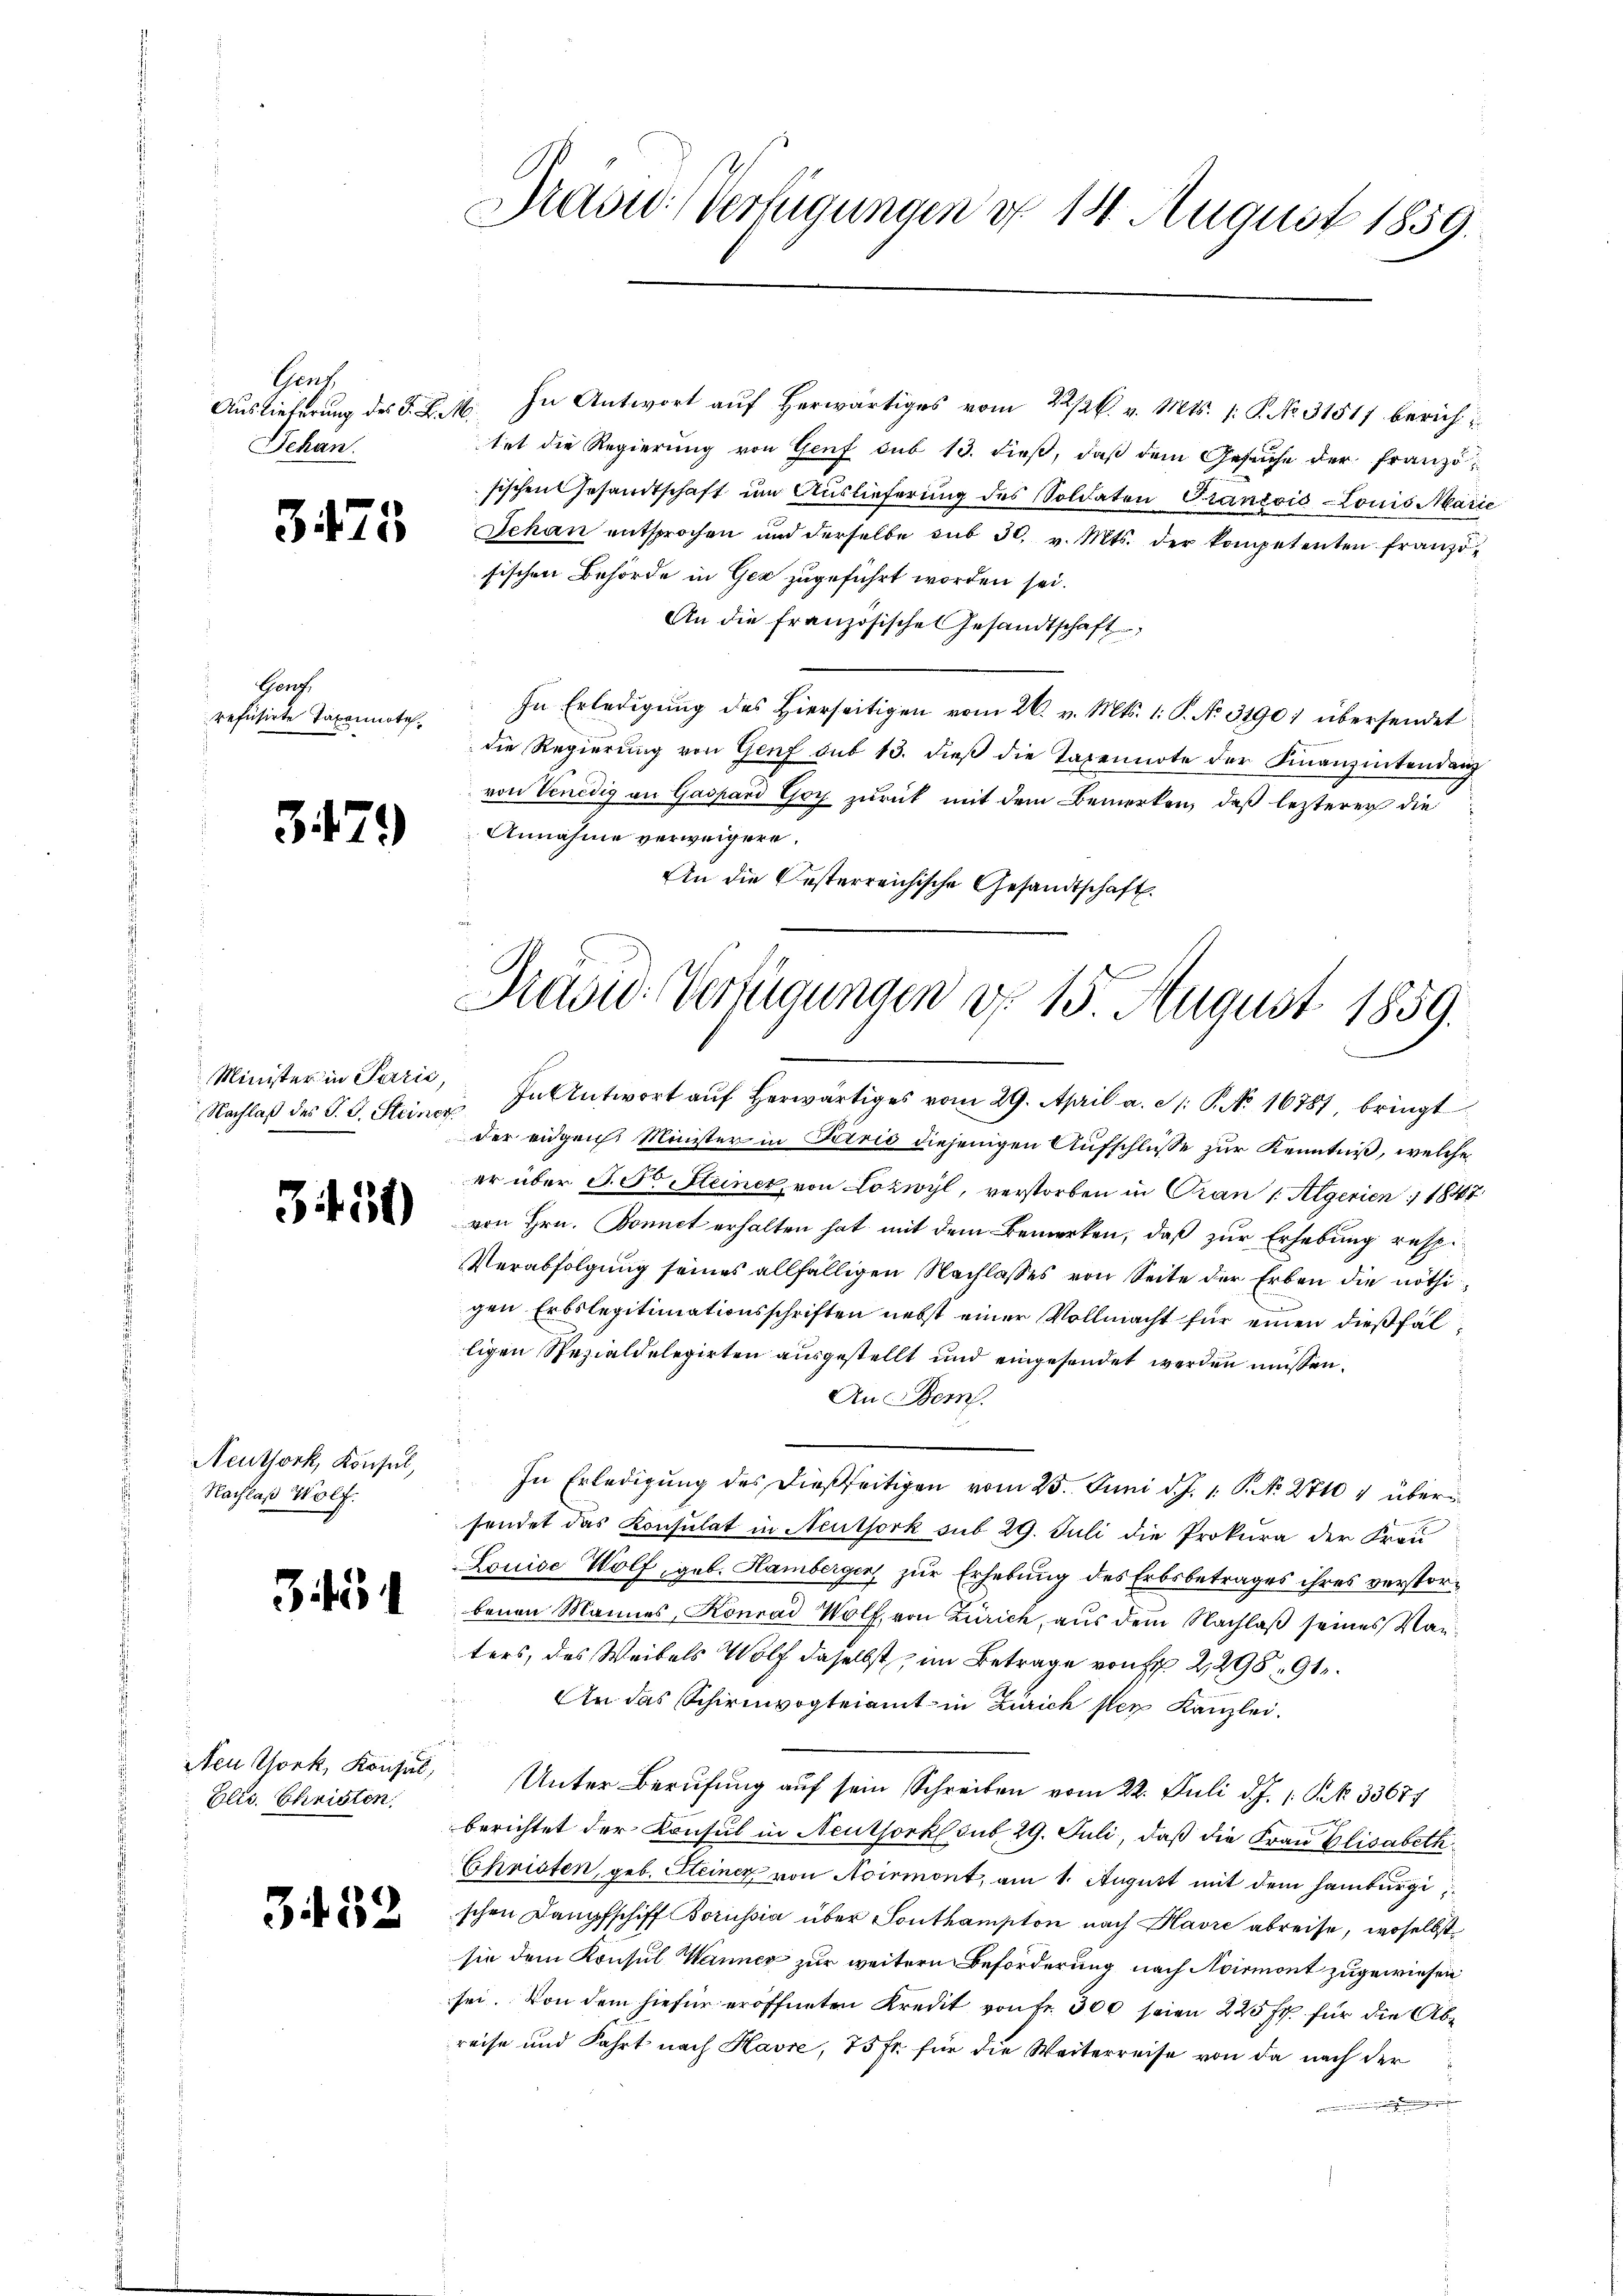
Gens
Auslieferung des K. K. A.
Dehan

375

Gont.
refusirte Taxonnote¬

347)

Minister in Paris
Nachlaß des P. G. Steiner

3.

51)

Neuthork, Konsul,
Nachlaß Wolf.

345

Neu York, Konsul,
Elis. Christen.

Zif. 52

.

Prasw.) Verfügungen d. 14. August 1859.

In Antwort auf herwärtiges vom 22/26. v. Mts. 1. P. No. 31517 berich
E
tet die Regierung von Genf sub 13. dieß, daß dem Gesuche der Franzö
sischen Gesandtschaft um Auslieferung des Soldaten Grancois Louis Marie
Jehan entsprochen und derselbe sub 30. v. Mts. der kompetenten französischen Behörde in Gez zugeführt worden sei.
An die französische Gesandtschaft
In Erledigung des Hierseitigen vom 26. v. Mts. 1. P. No. 31901 übersendet
die Regierŭng von Genf sub 13. dieβ die Taxennote der Finanzentendang
von Venedig an Gaspard Goy zurück mit dem Bemerken, daß lezterer die
Annahme verweigere.
An die Oesterreichische Gesandtschaft.

Prasis Verfügungen d. 15 August 1859.
In Antwort aŭf herwärtiges vom 29. April a. St. P. No 16787, bringt

der eidgen. Minister in Terrić diejenigen Aufschlüsse zur Kenntniß, welche
er über J. Dr Steiner, von Lozwyl, verstorben in Oran 1. Algerien 1847
von Hrn. Bonnet erhalten hat mit dem Bemerken, daß zur Erhebung resp.
Verabfolgung seines allfälligen Nachlasses von Seite der Erben die nöthigen Erbslegitimationsschriften nebst einer Vollmacht für einen dießfälligen Spezialdelegirten ausgestellt und eingesendet werden müssen.
An Bern.
In Erledigung des dießseitigen vom 25. Juni d. J. 1. P. Nr. 2740 4 übersendet das Konsulat in Neuthork sub 29. Juli die Prokura der Frau
Louise Wolf, geb. Hambergen, zur Erhebung des Erbsbetrages ihres verstorbenen Mannes, Konrad Wolf, von Zürich, aus dem Nachlaß seines Waiters, des Weibels Wolf daselbst, im Betrage von Fr. 2,298. 91.
An das Schirmvogteiamt in Zürich ster Kanzlei.
Unter Berufung auf sein Schreiben vom 22. Juli d. J. 1 S. 33677
berichtet der Konsul in Neuthorkl sub 29. Juli, daß die Frau Elisabeth
Christen, geb. Steiner von Aoirmont, am 1. August mit dem Hamburgischen Dampfschiff Borussia über Southampton nach Havre abreise, woselbst
sie dem Konsul Wanner zur weitern Beförderung nach Avirmont zugewiesen
sei. Von dem hiefür eröffneten Kredit von Fr. 300 seien 225 fr. für die Abreise und Fahrt nach Havre, 75 fr. für die Weiterreise von da nach der
.